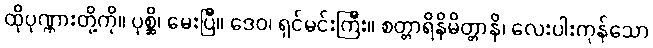
ထိုပုဏ္ဏားတို့ကို။ ပုစ္ဆိ၊ မေးပြီ။ ဒေဝ၊ ရှင်မင်းကြီး။ စတ္တာရိနိမိတ္တာနိ၊ လေးပါးကုန်သော